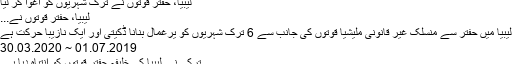
لیبیا، حفتر قوتوں نے ترک شہریوں کو اغوا کر لیا
لیبیا، حفتر قوتوں نے...
لیبیا میں حفتر سے منسلک غیر قانونی ملیشیا قوتوں کی جانب سے 6 ترک شہریوں کو یرغمال بنانا ڈکیتی اور ایک نازیبا حرکت ہے
01.07.2019 ~ 30.03.2020
ترکی نے لیبیا کی خلیفہ حفتر قوتوں کو انتباہ دیا ہے۔